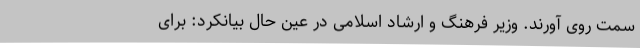
سمت روی آورند. وزیر فرهنگ و ارشاد اسلامی در عین حال بیانکرد: برای